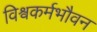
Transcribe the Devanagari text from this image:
विश्वकर्मभौवन